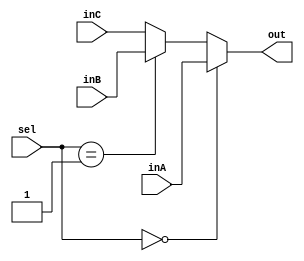
`timescale 1ns / 1ps
//////////////////////////////////////////////////////////////////////////////////
// Company: 
// Engineer: 
// 
// Design Name: 
// Module Name: Mux32Bit3To1
// Project Name: 
// Target Devices: 
// Tool Versions: 
// Description: 
// 
// Dependencies: 
// 
// Revision:
// Revision 0.01 - File Created
// Additional Comments:
// 
//////////////////////////////////////////////////////////////////////////////////


module Mux32Bit3To1(out, inA, inB, inC, sel);
    
    output reg [31:0] out;
        
    input [31:0] inA;
    input [31:0] inB;
    input [31:0] inC;
    input [1:0] sel;

    always @(inA, inB, inC, sel) begin
        if (sel == 2'b00)
            out <= inA;
        else if (sel == 2'b01) 
            out <= inB; 
        else
            out <= inC;    
    end
endmodule